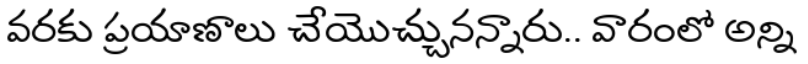
వరకు ప్రయాణాలు చేయొచ్చునన్నారు.. వారంలో అన్ని